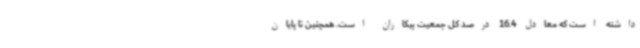
داشته است که معادل 16.4 درصد کل جمعیت بیکاران است. همچنین تا پایان